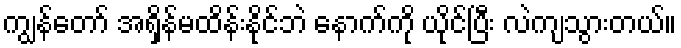
ကျွန်တော် အရှိန်မထိန်းနိုင်ဘဲ နောက်ကို ယိုင်ပြီး လဲကျသွားတယ်။